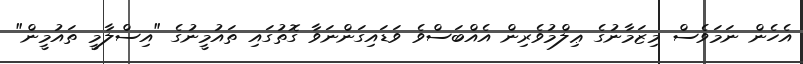
އެހެން ނަމަވެސް މިޒަމާނުގެ ޢިލްމުވެރިން އެއްބަސްވެ ވަޑައިގަންނަވާ ގޮތުގައި ތައުމީނުގެ "އިސްލާމީ ތައުމީން"